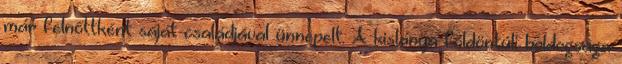
már felnőttként saját családjával ünnepelt. A kislánya földöntúli boldogsága